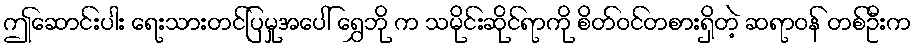
ဤဆောင်းပါး ရေးသားတင်ပြမှုအပေါ် ရွှေဘို က သမိုင်းဆိုင်ရာကို စိတ်ဝင်တစားရှိတဲ့ ဆရာဝန် တစ်ဦးက